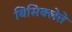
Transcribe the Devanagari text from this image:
बिसिक्लेत्ते